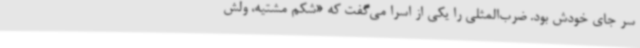
سر جای خودش بود. ضرب‌المثلی را یکی از اسرا می‌گفت که «شکم مشتیه، ولش